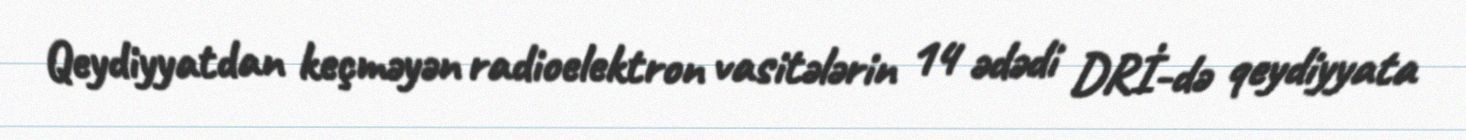
Qeydiyyatdan keçməyən radioelektron vasitələrin 14 ədədi DRİ-də qeydiyyata